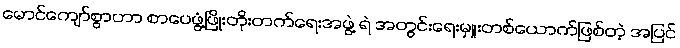
မောင်ကျော်စွာဟာ စာပေဖွံ့ဖြိုးတိုးတက်ရေးအဖွဲ့ ရဲ အတွင်းရေးမှူးတစ်ယောက်ဖြစ်တဲ့ အပြင်